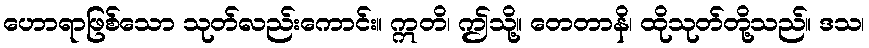
ဟောရာဖြစ်သော သုတ်လည်းကောင်း။ ဣတိ၊ ဤသို့။ တေတာနိ၊ ထိုသုတ်တို့သည်။ ဒသ၊